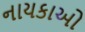
નાયકાઓ